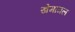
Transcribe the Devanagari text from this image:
खेमामल